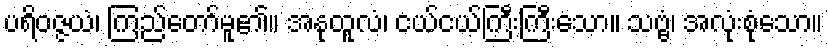
ပရိဝဇ္ဇယံ၊ ကြည်တော်မူ၏။ အနုထူလံ၊ ငယ်ငယ်ကြီးကြီးသော။ သဗ္ဗံ၊ အလုံးစုံသော။